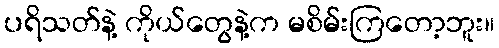
ပရိသတ်နဲ့ ကိုယ်တွေနဲ့က မစိမ်းကြတော့ဘူး။